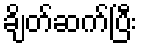
ချိတ်ဆက်ပြီး